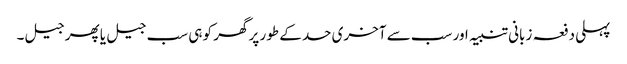
پہلی دفعہ زبانی تنبیہ اور سب سے آخری حد کے طور پر گھر کو ہی سب جیل یا پھر جیل۔